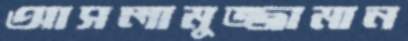
আসলামুজ্জামান